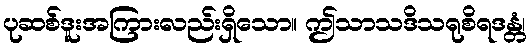
ပုဆစ်ဒူးအကြားလည်းရှိသော။ ဤသာသဒိသရုစိရဒန္တံ၊